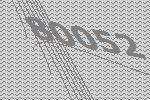
80052